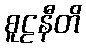
စူဠနီတိ